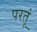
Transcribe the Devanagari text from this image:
परतूं